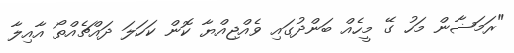
"ރަމަޟާން މަހު ގޭ މީހެއް ބަންދުގައި ވެއްޖިއްޔާ ކޮން ކަހަލަ ދައްޗެއްތޯ އާއިލާ